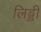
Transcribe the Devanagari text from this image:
लिड्डी